Sketch of the medical history of the native army of Bombay, for the year
Year: 1872
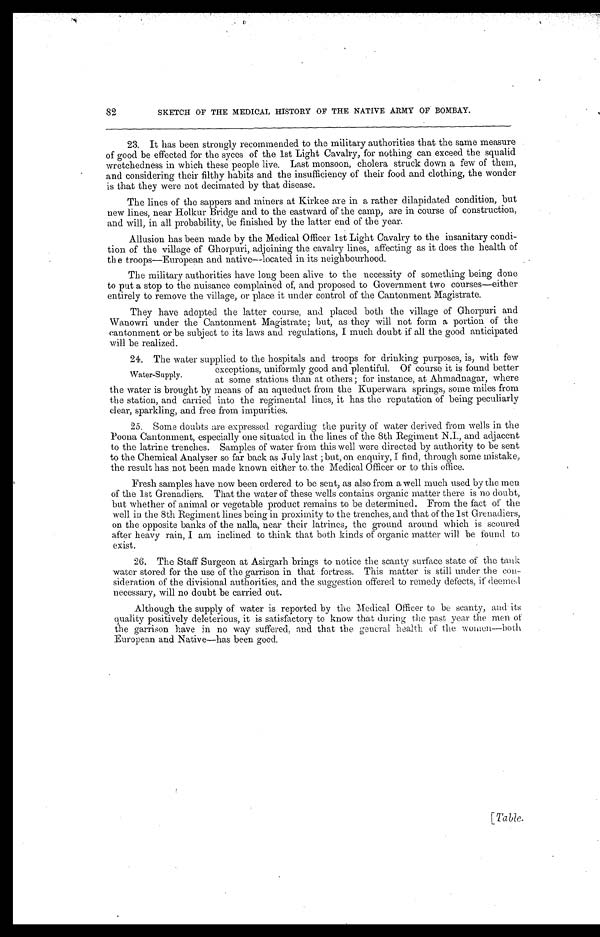
82
SKETCH OF THE MEDICAL HISTORY OF THE NATIVE ARMY OF BOMBAY.
23. It has been strongly recommended to the military authorities that the same measure
of good be effected for the syces of the 1st Light Cavalry, for nothing can exceed the squalid
wretchedness in which these people live. Last monsoon, cholera struck down a few of them,
and considering their filthy habits and the insufficiency of their food and clothing, the wonder
is that they were not decimated by that disease.
The lines of the sappers and miners at Kirkee are in a rather dilapidated condition, but
new lines, near Holkur Bridge and to the eastward of the camp, are in course of construction,
and will, in all probability, be finished by the latter end of the year.
Allusion has been made by the Medical Officer 1st Light Cavalry to the insanitary condi-
tion of the village of Ghorpuri, adjoining the cavalry lines, affecting as it does the health of
th e troops—European and native--located in its neighbourhood.
The military authorities have long been alive to the necessity of something being done
to put a stop to the nuisance complained of, and proposed to Government two courses—either
entirely to remove the village, or place it under control of the Cantonment Magistrate.
They have adopted the latter course, and placed both the village of Ghorpuri and
Wanowri under the Cantonment Magistrate; but, as they will not form a portion of the
cantonment or be subject to its laws and regulations, I much doubt if all the good anticipated
will be realized.
24. The water supplied to the hospitals and troops for drinking purposes, is, with few
exceptions, uniformly good and plentiful. Of course it is found better
Water-Supply.
at some stations than at others; for instance, at Ahmadnagar, where
the water is brought by means of an aqueduct from the Kuperwara springs, some miles from
the station, and carried into the regimental lines, it has the reputation of being peculiarly
clear, sparkling, and free from impurities.
25. Some doubts are expressed regarding the purity of water derived from wells in the
Poona Cantonment, especially one situated in the lines of the 8th Rwg Regiiment N.1., and adjacent
to the latrine trenches. Samples of water from this well were directed by authority to be sent
to the Chemical Analyser so far back as July last; but, on enquiry, I find, through some mistake,
the result has not been made known either to the Medical Officer or to this office.
Fresh samples have now been ordered to be sent, as also from a well much used by the men
of the 1st Grenadiers. That the water of these wells contains organic matter there is no doubt,
but whether of animal or vegetable product remains to be determined. From the fact of the
well in the 8th Regiment lines being in proximity to the trenches, and that of the 1st Grenadiers,
on the opposite banks of the nalla, near their latrines, the ground around which is scoured
after heavy rain, I am inclined to think that both kinds of organic matter will be found to
exist.
26. The Staff Surgeon at Asirgarh brings to notice the scanty surface state of the tank
water stored for the use of the garrison in that fortress. This matter is still under the con-
sideration of the divisional authorities, and the suggestion offered to remedy defects, if deemed
necessary, will no doubt be carried out.
Although the supply of water is reported by the Medical Officer to be scanty, and its
quality positively deleterious, it is satisfactory to know that during the past year the men of
the garrison have in no way suffered, and that the general health of the women—both
European and Native—has been good.
[Table.